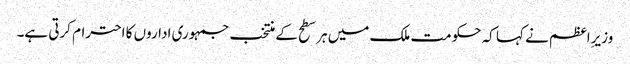
وزیرِاعظم نے کہا کہ حکومت ملک میں ہر سطح کے منتخب جمہوری اداروں کا احترام کرتی ہے۔